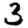
Digit: 3